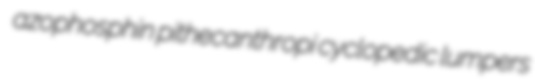
azophosphin pithecanthropi cyclopedic lumpers